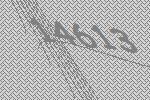
14613